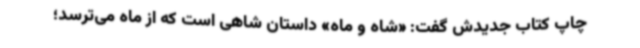
چاپ کتاب جدیدش گفت: «شاه و ماه» داستان شاهی است که از ماه می‌ترسد؛